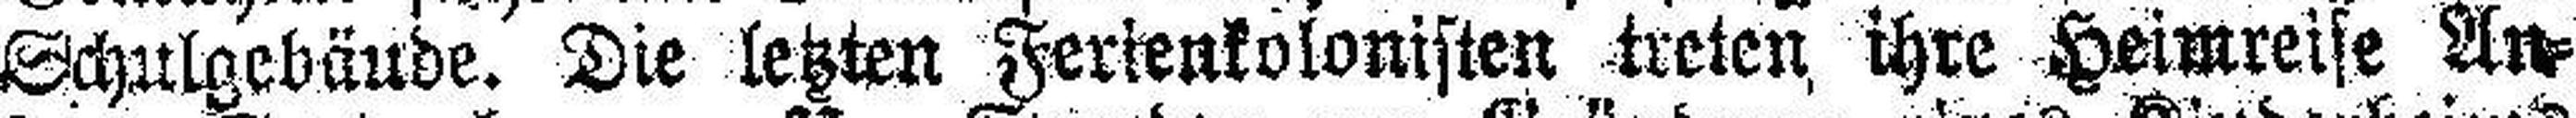
Schulgebäude. Die letzten Ferienkolonisten treten ihre Heimreise An¬